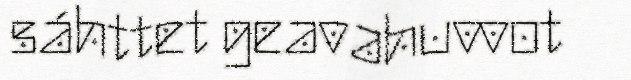
sáhttet geavahuvvot